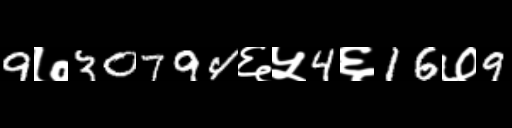
Text: 9७30794६५4६16७9